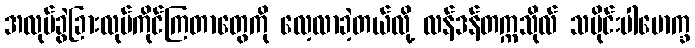
အလုပ်ခွဲခြားလုပ်ကိုင်ကြတာတွေကို လေ့လာခဲ့တယ်လို့ လန်ဒန်တက္ကသိုလ် သမိုင်းပါမောက္ခ